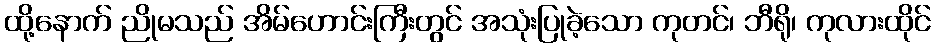
ထို့နောက် ညိုမသည် အိမ်ဟောင်းကြီးတွင် အသုံးပြုခဲ့သော ကုတင်၊ ဘီရို၊ ကုလားထိုင်